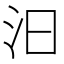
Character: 汩